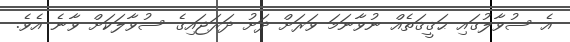
އެ ސުވާލުގައި ޙަޤީޤަތެއް ނުވާނަމަ ވަރަށް ދަށު ދަރަޖައިގެ ސުވާލަކަށް ވާނެ އެވެ.